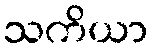
သကိယာ